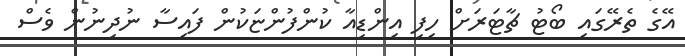
އޭގެ ތެރޭގައި ބޯޓު ޗާޓަރަށް ހިފި އިންޑިއާ ކުންފުންޏަކުން ފައިސާ ނުދިނުން ވެސް